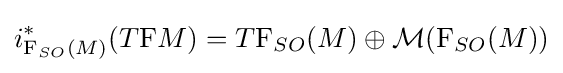
i_{\mathrm {F} _{SO}(M)}^{\ast }(T\mathrm {F} M)=T\mathrm {F} _{SO}(M)\oplus {\mathcal {M}}(\mathrm {F} _{SO}(M))